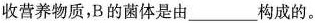
收营养物质，B的菌体是由___构成的。